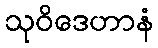
သုဝိဒေဟာနံ